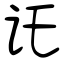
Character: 讬